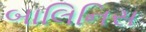
બાલિનિસ